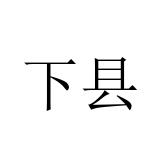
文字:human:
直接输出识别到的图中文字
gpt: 下县